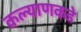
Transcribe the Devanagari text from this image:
कल्याणकडे